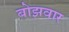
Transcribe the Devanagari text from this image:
बोझवार